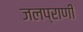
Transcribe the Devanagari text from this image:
जलप्राणी